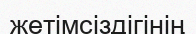
жетімсіздігінің